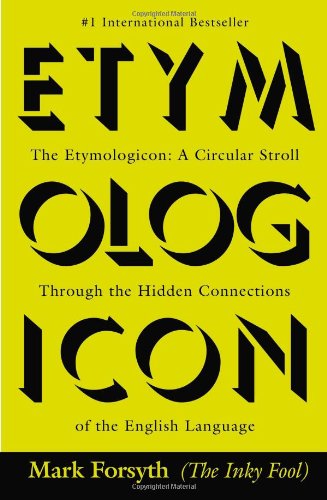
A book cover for The Etymologicon: A Circular Stroll Through the Hidden Connections of the English Language; Mark Forsyth; Reference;